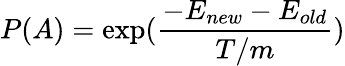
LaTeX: P(A)=\exp(\frac{-E_{new}-E_{old}}{T/m})